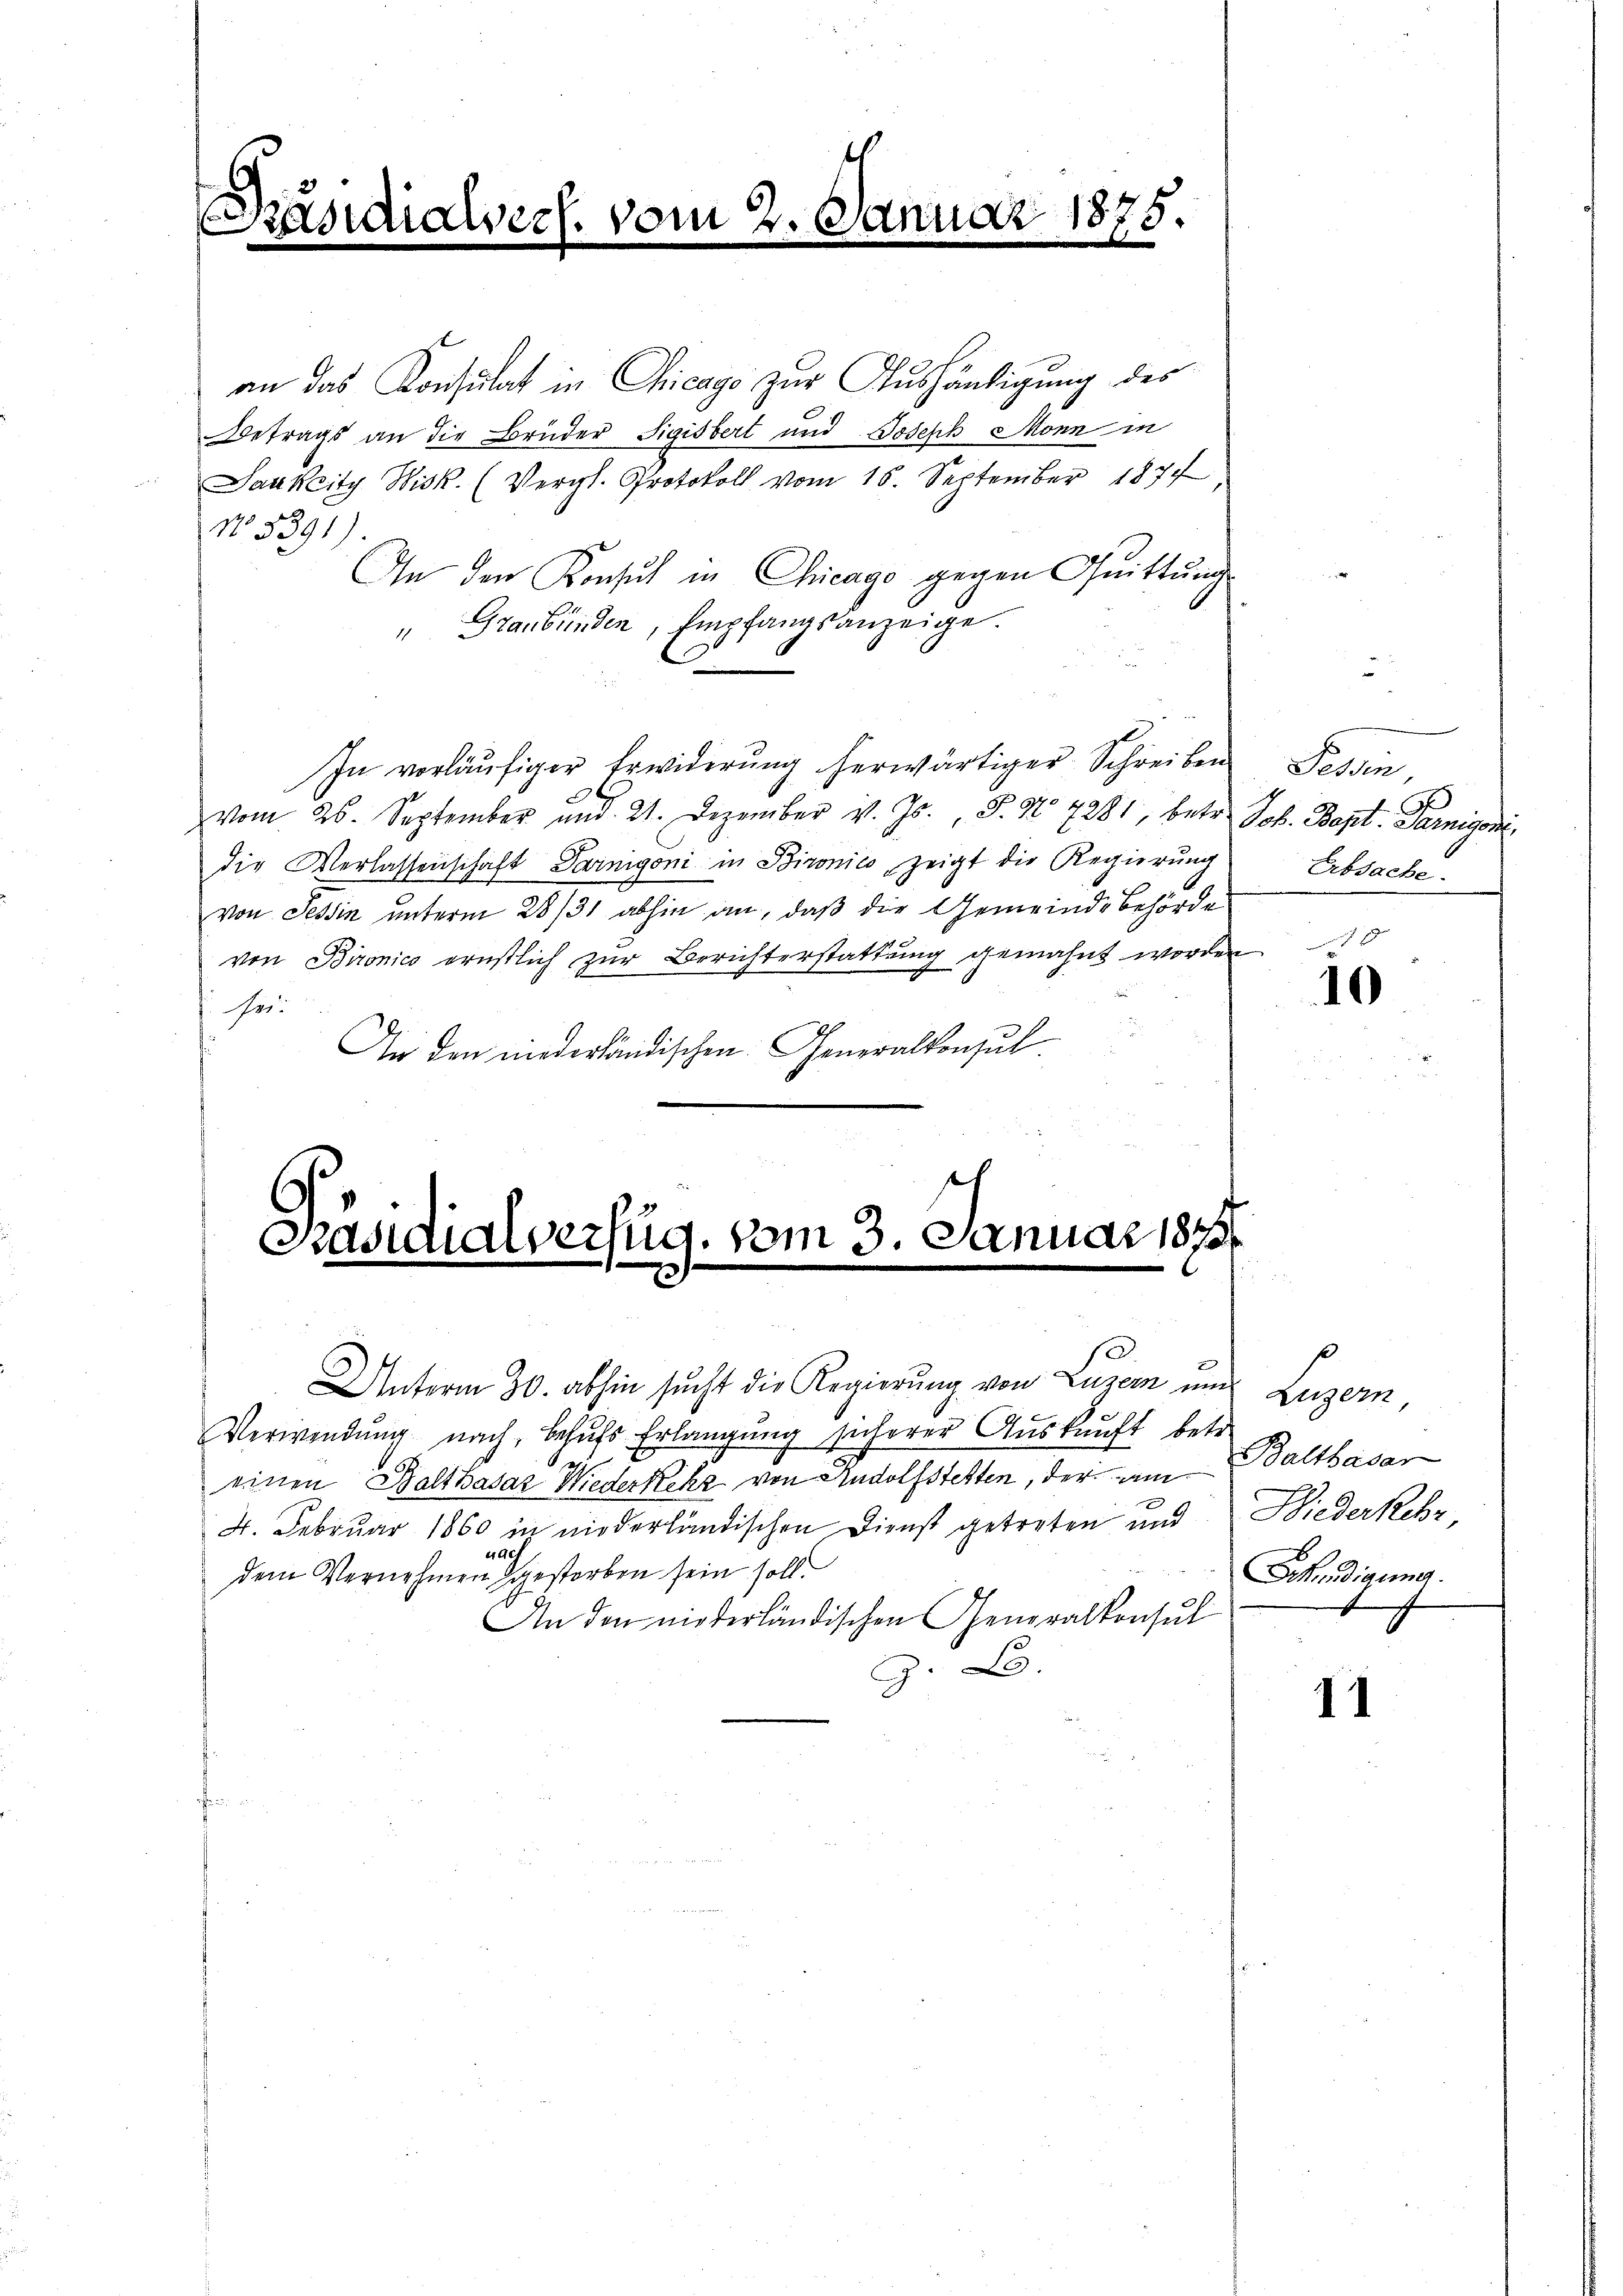
Präsidialver l. vom 2. Januar 1875.
e

an das Konsulat in Chicago zur Aushändigung des
Betrags an die Brüder Sigisbert und Joseph Monn in
Saukeity Wisk. (Vergl. Protokoll vom 16. September 1877
No. 5391).
An den Konsul in Chicago gegen Quittung
" Graubünden, Empfangsanzeige.
In vorläufiger Erwiderung herwärtiger Schreiben
vom 26. September und 21. Dezember v. Js., S. No 7281, betr. Joh. Bapt. Garnisonidie Verlassenschaft darnigoni in Bironico, zeigt die Regierung
von Tessin unterm 28/31 abhin an, daß die Gemeinde Behörde
von Bironico ernstlich zur Berichterstattung gemahnt worden
f sei
An den niederländischen Generaltenhut.

Päsidialverfüg, vom 3. Januar 1870
2

Unterm 30. abhin sucht die Regierung von Luzern um
Verwendung nach, Behufs Erlangung sicherer Auskunft betr.
e
einen Balthasar Wiederkehr von Rudolfstetten, der am Balthasar
4. Februar 1860 in niederländischen Dienst getreten und
rach
dem Vernehmen gestorben sein soll.
An den niederländischen Generalkonsul
C.
.

Tessin,
Erbsache.

10

Luzern,
Biederkehr
Erkendigung.

11